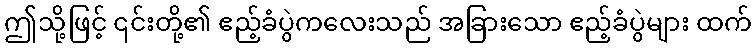
ဤသို့ဖြင့် ၎င်းတို့၏ ဧည့်ခံပွဲကလေးသည် အခြားသော ဧည့်ခံပွဲများ ထက်